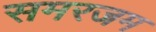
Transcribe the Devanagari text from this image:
समरजम